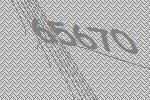
65670